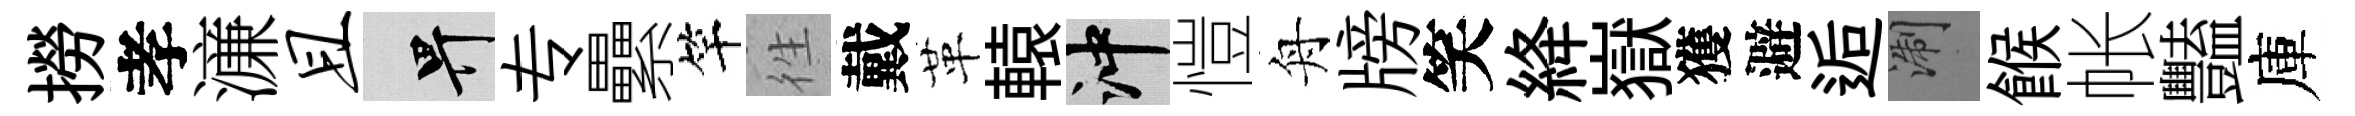
撈孝濓且畀专纍竿徃戴革轅冲愷舟牓笑絳嶽獲避逅浙餱帐豔庫